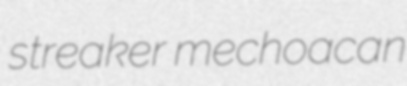
streaker mechoacan